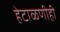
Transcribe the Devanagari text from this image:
हेटाळणीही